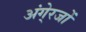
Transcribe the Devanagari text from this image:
अंगे्रजों